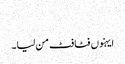
‏
ایہنوں فٹافٹ من لیا۔